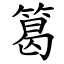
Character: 䈓